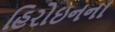
હિરોઇનના